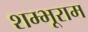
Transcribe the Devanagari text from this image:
शम्भूराम